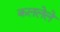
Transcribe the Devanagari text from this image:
कललेले